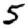
Digit: 5